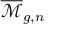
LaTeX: { \overline { { \mathcal { M } } } } _ { g , n }